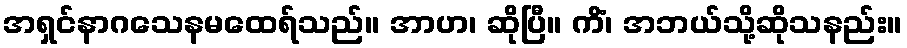
အရှင်နာဂသေနမထေရ်သည်။ အာဟ၊ ဆိုပြီ။ ကိံ၊ အဘယ်သို့ဆိုသနည်း။